Document type: Sale
Year: 1275
Scribe: Salvador de Baiona
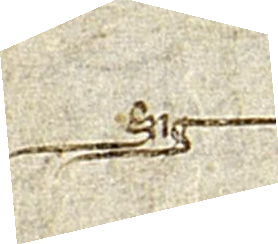
Sig